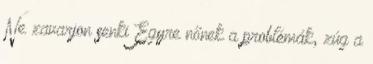
Ne zavarjon senki Egyre nőnek a problémák, zúg a